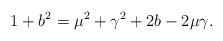
LaTeX: \begin{align*}1+b^2&=\mu^2+\gamma^2+2b-2\mu\gamma.\end{align*}